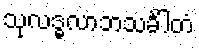
သုလဒ္ဓလာဘသင်္ခါတံ